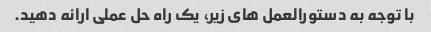
با توجه به دستورالعمل های زیر، یک راه حل عملی ارائه دهید.